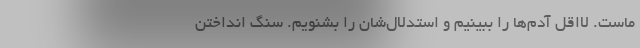
ماست. لااقل آدم‌ها را ببینیم و استدلال‌شان را بشنویم. سنگ انداختن